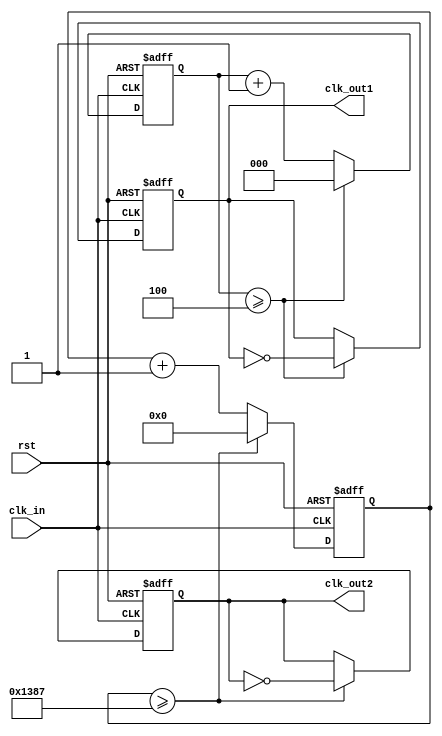
`timescale 1ns / 1ps

module timer_clk_gen(
	input clk_in,
	input rst,
	output reg clk_out1,
	output reg clk_out2
    );


	reg [2:0] cnt1;
	reg [12:0] cnt2;
	
	always @ (posedge clk_in or posedge rst)
	begin
		if(rst)
		begin
			cnt1 <= 3'd0;
			cnt2 <= 13'd0;
			clk_out1 <= 1'd0;
			clk_out2 <= 1'd0;
		end
		else
		begin
			if(cnt1 >= 3'd4)
			begin
				cnt1 <= 3'd0;
				clk_out1 <= ~ clk_out1;
			end
			else
			begin
				cnt1 <= cnt1 + 1'b1;
			end
			if(cnt2 >= 13'd4999)
			begin
				cnt2 <= 13'd0;
				clk_out2 <= ~clk_out2;
			end
			else
			begin
				cnt2 <= cnt2 + 1'b1;
			end
		end
	end

endmodule